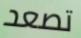
تصعد